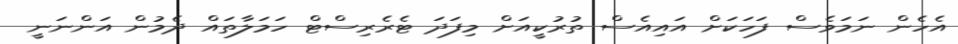
އެހެން ނަމަވެސް ފަހަކަށް އައިއެސް ތުރުކީއަށް މިފަދަ ޓެރެރިސްޓް ހަމަލާތައް ދެމުން އަންނަނީ